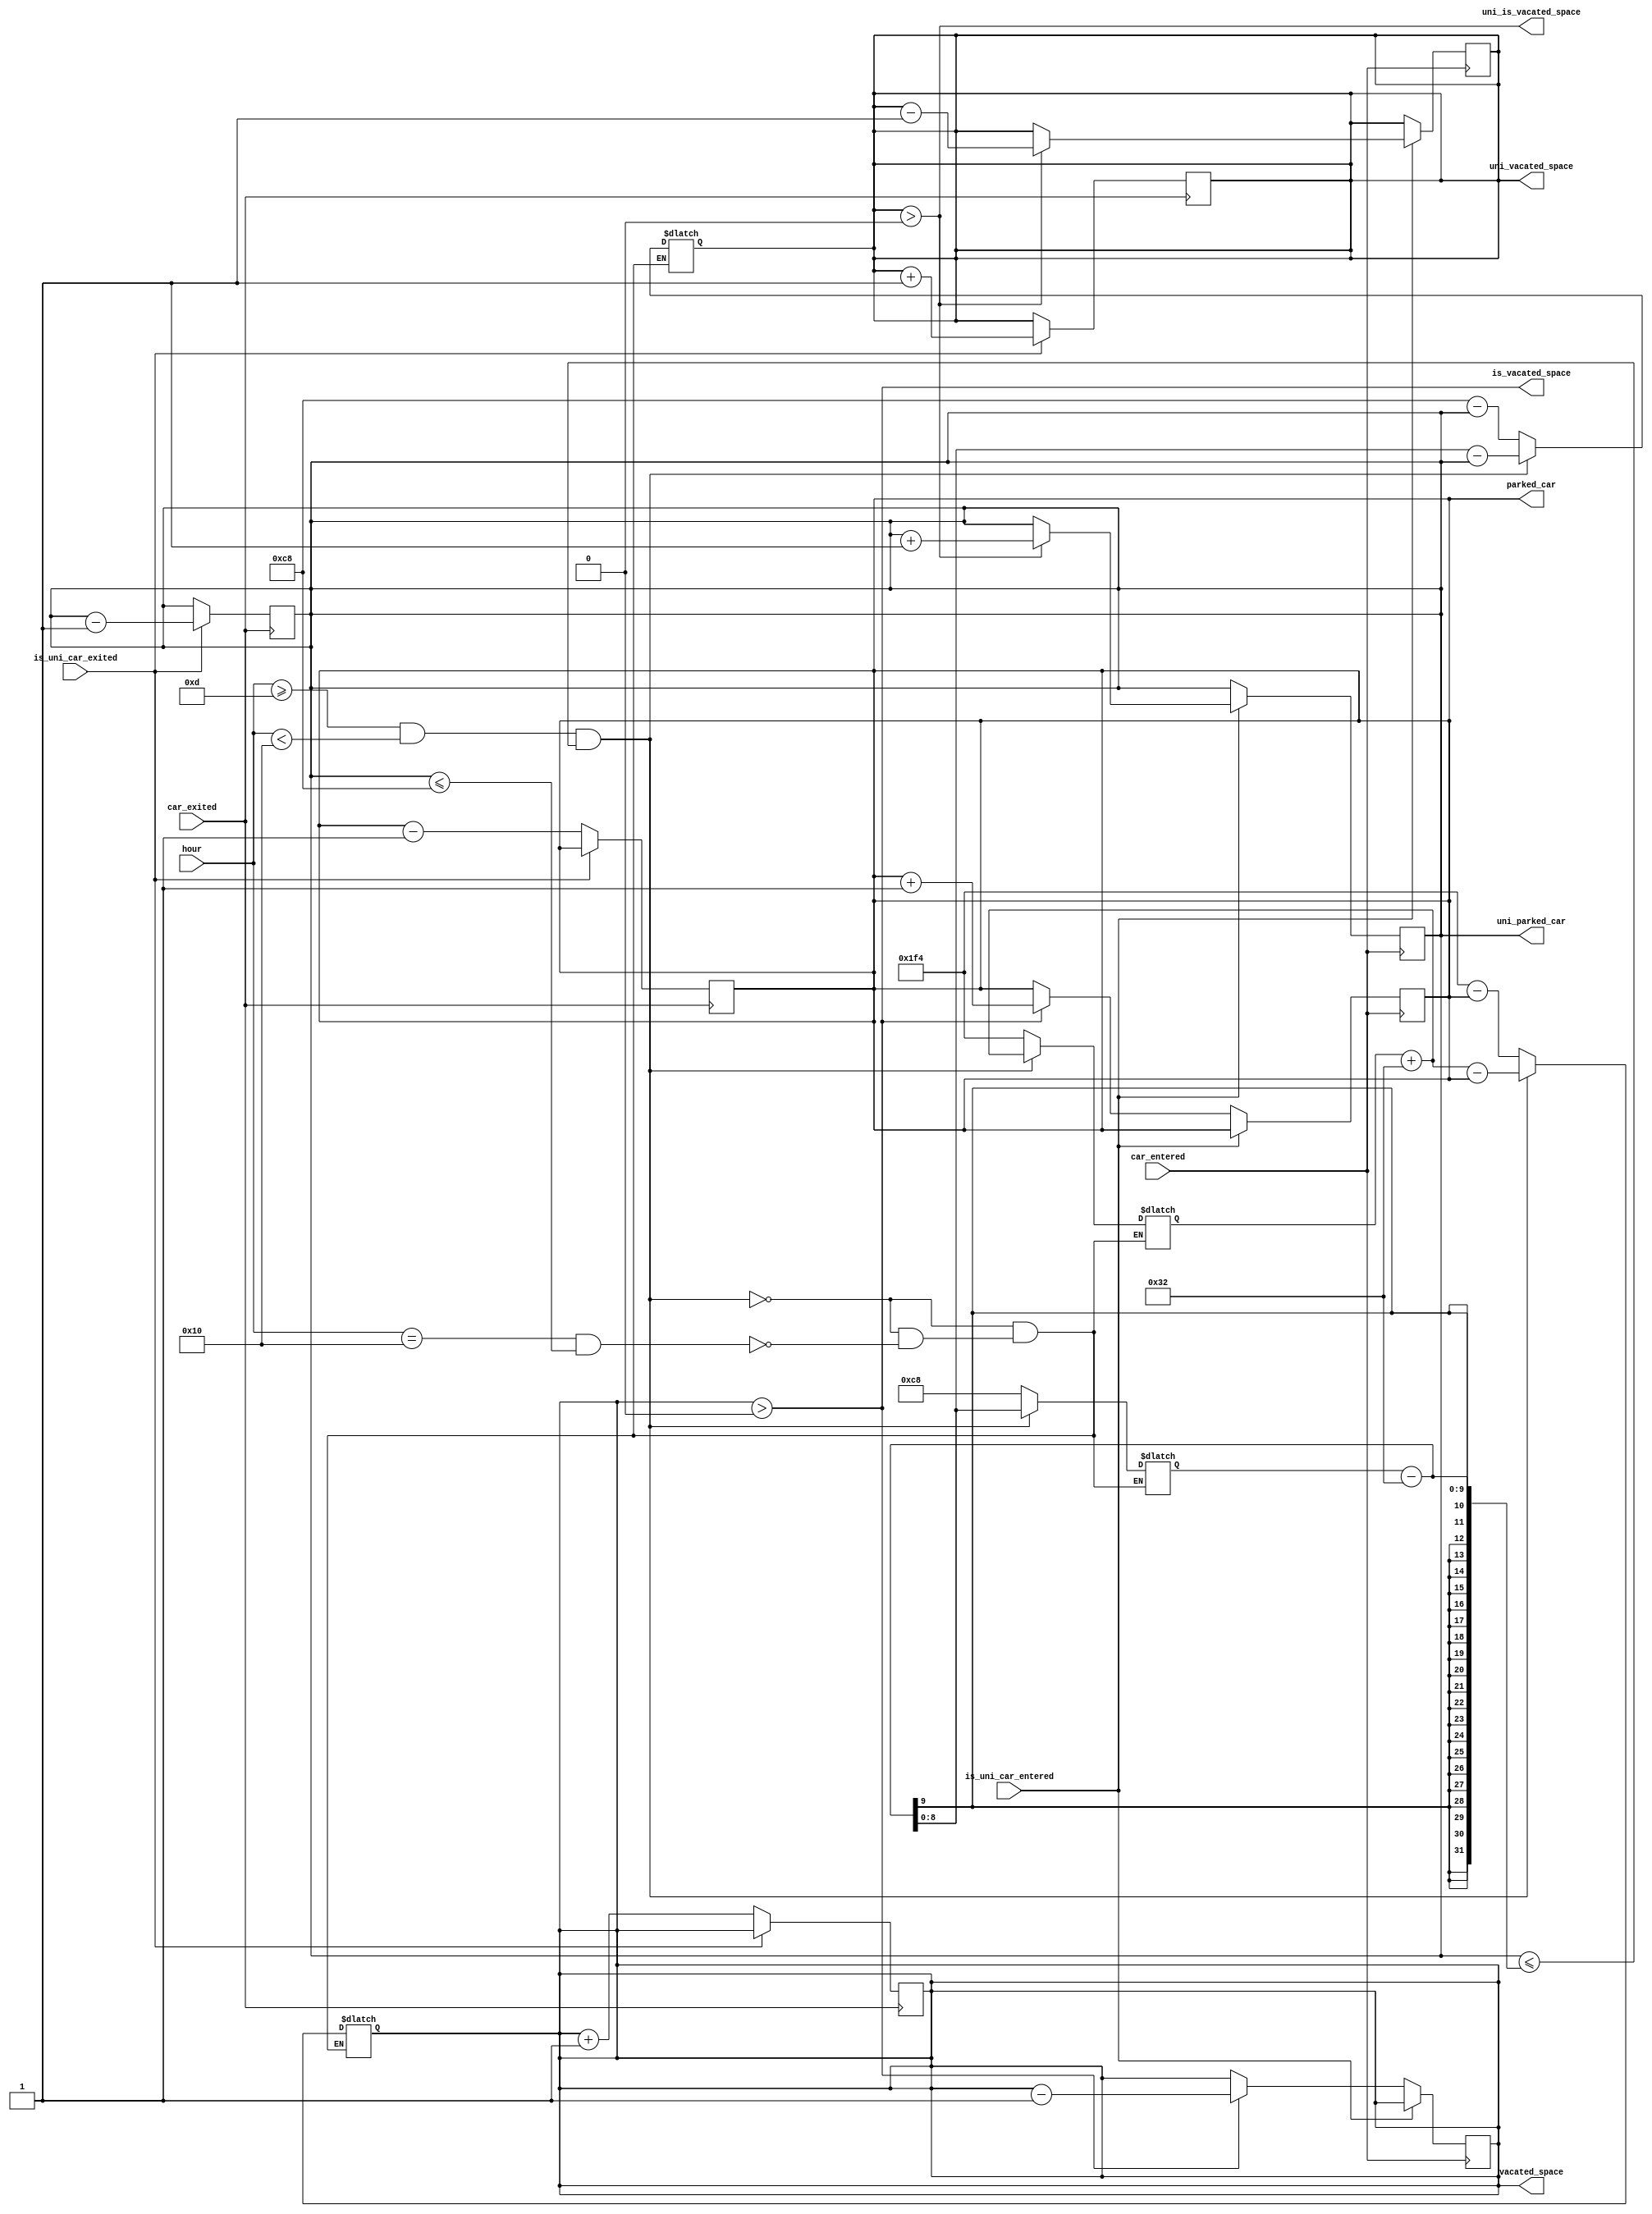
module parking (
    input car_entered, is_uni_car_entered, car_exited, is_uni_car_exited,
    input [4:0] hour,
    output reg [8:0] uni_parked_car, parked_car, uni_vacated_space, vacated_space,
    output wire uni_is_vacated_space, is_vacated_space
);

assign uni_is_vacated_space = (uni_vacated_space > 0);
assign is_vacated_space = (vacated_space > 0);
reg [8:0] total_free_space;
reg [8:0] total_uni_space;

initial begin
    uni_parked_car = 0;
    parked_car = 0;
    total_free_space = 200;
    total_uni_space = 500;
    vacated_space = 200;
    uni_vacated_space = 500;
end

always @(hour) begin
    // if(uni_parked_car > total_uni_space) begin
    //     uni_parked_car = total_uni_space;
    //     parked_car = parked_car + uni_parked_car - total_uni_space
    // end
    if(hour >= 13 && hour < 16 && uni_parked_car <= total_uni_space - 50) begin
        total_free_space = total_free_space + 50;
        total_uni_space = total_uni_space - 50;
        uni_vacated_space = total_uni_space - uni_parked_car;
        vacated_space = total_free_space - parked_car;
    end
    else if(hour == 16 && uni_parked_car <= 200) begin
        total_free_space = 500;
        total_uni_space = 700 - total_free_space;
        uni_vacated_space = total_uni_space - uni_parked_car;
        vacated_space = total_free_space - parked_car;
    end
    else if(hour >= 13 && hour < 17)
        $display("failed to increase free capacity");
end

always @(posedge car_entered) begin
    if(is_uni_car_entered) begin
        if(uni_is_vacated_space) begin
            uni_parked_car = uni_parked_car + 1;
            uni_vacated_space = uni_vacated_space - 1;
        end
    end
    else begin
        if(is_vacated_space) begin
            parked_car = parked_car + 1; 
            vacated_space = vacated_space - 1;
        end
    end
end

always @(posedge car_exited) begin
    if(is_uni_car_exited) begin
        uni_parked_car = uni_parked_car - 1;
        uni_vacated_space = uni_vacated_space + 1;
    end
    else begin
        parked_car = parked_car - 1;
        vacated_space = vacated_space + 1;
    end
end
    
endmodule